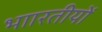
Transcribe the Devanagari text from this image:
भाारतीयों